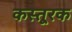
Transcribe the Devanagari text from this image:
कस्तूरक